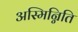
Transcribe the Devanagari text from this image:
अस्मिन्निति